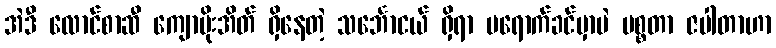
အဲဒီ လောင်စာဆီ ကျောပိုးအိတ် ရှိနေတဲ့ သင်္ဘောငယ် ရှိရာ မရောက်ခင်မှာပဲ မစ္စတာ ဇပါတာဟာ